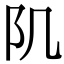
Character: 𨸔